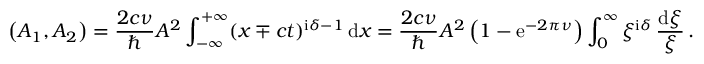
\left( A _ { 1 } , A _ { 2 } \right) = \frac { 2 c \nu } { \hbar } { \cal A } ^ { 2 } \int _ { - \infty } ^ { + \infty } ( x \mp c t ) ^ { \mathrm { i } \delta - 1 } \, \mathrm { d } x = \frac { 2 c \nu } { \hbar } { \cal A } ^ { 2 } \left( 1 - \mathrm { e } ^ { - 2 \pi \nu } \right) \int _ { 0 } ^ { \infty } \xi ^ { \mathrm { i } \delta } \, \frac { \mathrm { d } \xi } { \xi } \, .